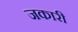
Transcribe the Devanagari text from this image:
जकारी